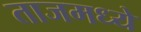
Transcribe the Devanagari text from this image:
ताजमध्ये